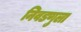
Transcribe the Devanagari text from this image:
निवडणुला